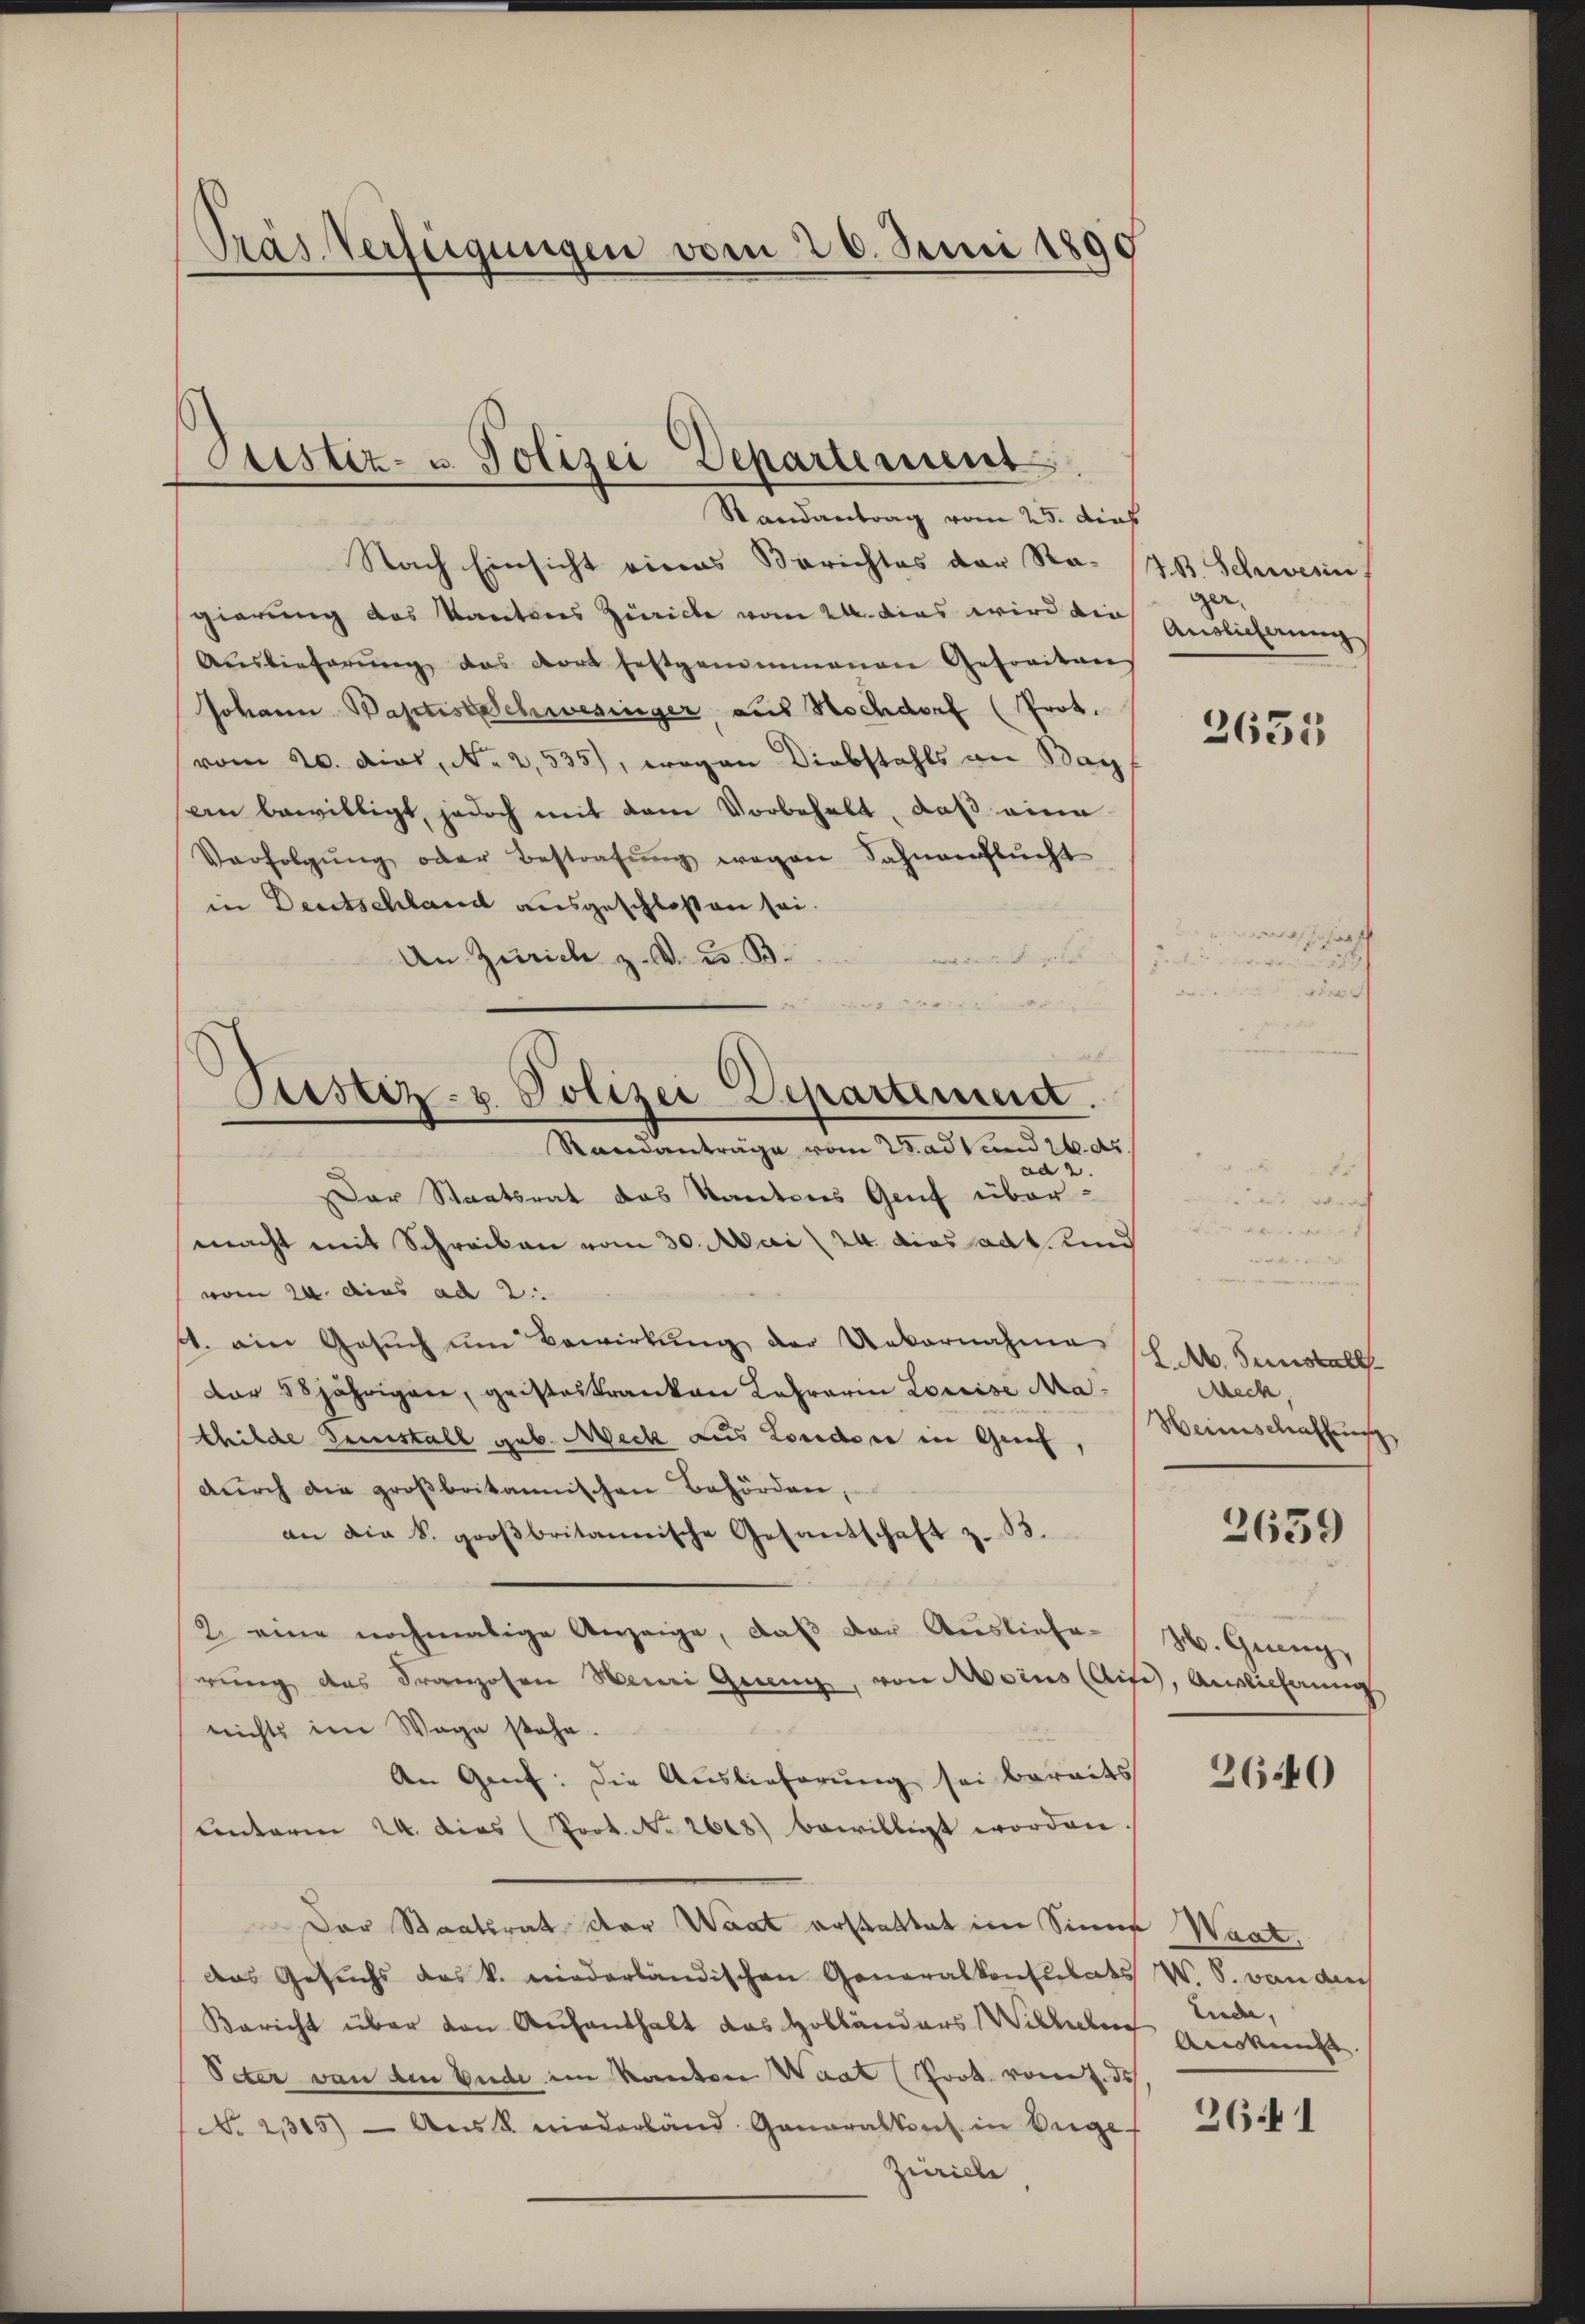
Präs. Verfügungen vom 20. Juni 1890

Ristiz- u. Polizei Departement.
Randantrag vom 25. das

Nach Einsicht eines Berichtes der Ragierung des Kantons Zürich vom 24. Das wird die
Auslieferŭng das dort festgenommenen Gefreitans
Johann Baptist schwesinger aus Hochdorf (Prot.
vom 20. dich, No 2,535), wegen Diebstahls an Bay
an bewilligt, jedoch mit dem Vorbehalt, daß eine
Verfolgŭng oder Bestrafŭng wegen Fahnenflŭcht
in Deutschland ausgeschloßen sei.
 ge |
An Zürich z. v. 25. B.
ad 2.
Der Staatsrat das Kantons Genf übermacht mit Schreiben vom 30. Mai 24. dies ad 1. und
vom 20. dies ad 2.
A. ein Gesŭch ŭm Bewirkung der Uebernahme
Dar 18jährigen, geisteskranken Lehrerin Louise Mathilde Geistall geb. Meck aus Londore in Genf,
durch die großbritannischen Behörden,
an die k. groβbritannische Gesandschaft z. 33.
2. eine nochmalige Anzeige, daß der Ausliefe-
rung des Franzosen Neuri Grenz, von Moins (Aise, Auslieferung
nichts im Wege stehe.
An Gent: die Auslieferung sei bereits 36500
cnterm 24. dies (Prot. No. 2608) bewilligt worden.
e
Der Staatsrat der Waat erstattet im Sinne Waat.
das Gesuchs das k. niederländischen Generalkonsulats
Bericht über den Aufenthalt das Holländers Wilhel
Peter von den Ende im Kanton Saat rot vom 2. ds.
No. 2315) Art. niederland. Generalkont in Bege
Zürich

Justiz- u. Polizei Departement.
Randanträge vom Stadt und 26. der

J.B. Schwesin
ger.
Auslicherung

2635

a
u

H. M. Sunstall
Meck,
Heinschaffung

2659

u
M. Grung

W. S. von dies
Eude,
Auskunft.

26441